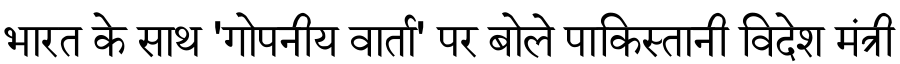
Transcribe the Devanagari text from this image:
भारत के साथ 'गोपनीय वार्ता' पर बोले पाकिस्तानी विदेश मंत्री